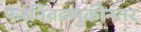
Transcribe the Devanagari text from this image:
फेरनिवडणुकीनंतर